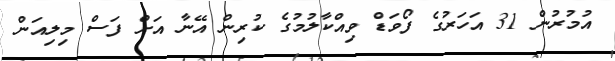
އުމުރުން 31 އަހަރުގެ ފޯވަޑް ވިއްކާލުމުގެ ކުރިން އޭނާ އަށް ފަސް މިލިއަން